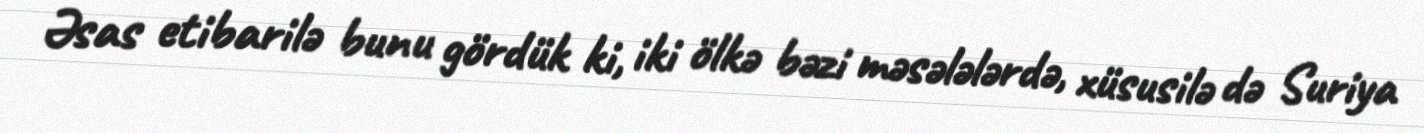
Əsas etibarilə bunu gördük ki, iki ölkə bəzi məsələlərdə, xüsusilə də Suriya